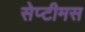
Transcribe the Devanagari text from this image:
सेप्टीमस